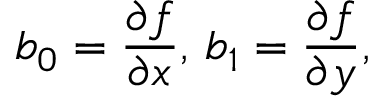
b _ { 0 } = { \frac { \partial f } { \partial x } } , \, b _ { 1 } = { \frac { \partial f } { \partial y } } ,